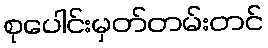
စုပေါင်းမှတ်တမ်းတင်